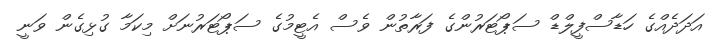
އަަދަދެއްގެ ހަޑާސްފީލްޑް ސަޕޯޓަރުންގެ ފަރާތުން ވެސް އެޓީމުގެ ސަޕޯޓަރުނަށް މިކަމާ ގުޅިގެން ވަނީ